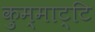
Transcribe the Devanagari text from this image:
कुम्माट्टि